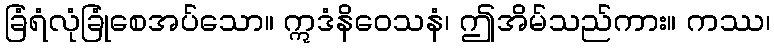
ခြံရံလုံခြုံစေအပ်သော။ ဣဒံနိဝေသနံ၊ ဤအိမ်သည်ကား။ ကဿ၊